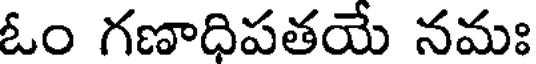
ఓం గణాధిపతయే నమః